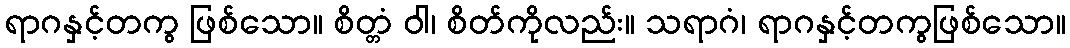
ရာဂနှင့်တကွ ဖြစ်သော။ စိတ္တံ ဝါ၊ စိတ်ကိုလည်း။ သရာဂံ၊ ရာဂနှင့်တကွဖြစ်သော။